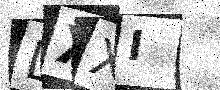
Text: LXXI